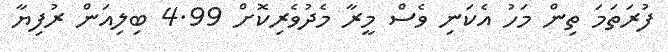
ފުރަތަމަ ތިން މަހު އެކަނި ވެސް މީރާ މެދުވެރިކޮށް 4.99 ބިލިއަން ރުފިޔާ